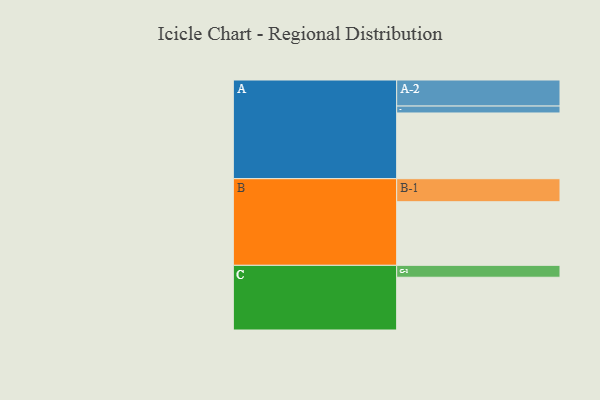
{"axis": {"x": "Segment", "y": "Value"}, "legend": ["", "A", "B", "C"], "data": [{"x": "A", "y": 502, "type": ""}, {"x": "B", "y": 486, "type": ""}, {"x": "C", "y": 403, "type": ""}, {"x": "A-1", "y": 53, "type": "A"}, {"x": "A-2", "y": 199, "type": "A"}, {"x": "B-1", "y": 176, "type": "B"}, {"x": "C-1", "y": 91, "type": "C"}]}